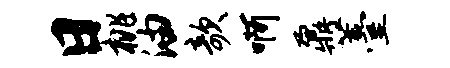
日桃油欹啊鼐薹